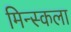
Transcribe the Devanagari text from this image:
मिन्स्कला